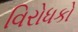
વિરોધકો